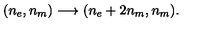
( n _ { e } , n _ { m } ) \longrightarrow ( n _ { e } + 2 n _ { m } , n _ { m } ) .